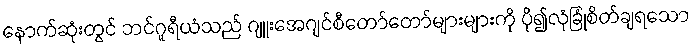
နောက်ဆုံးတွင် ဘင်ဂူရီယံသည် ဂျူးအေဂျင်စီတော်တော်များများကို ပို၍လုံခြုံစိတ်ချရသော